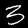
Label: 3